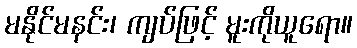
မနိုင်မနင်း၊ ကျပ်ဖြင့် မူးကိုယူရော။